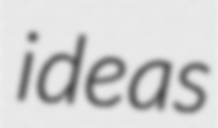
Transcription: ideas